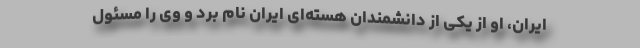
ایران، او از یکی از دانشمندان هسته‌ای ایران نام برد و وی را مسئول